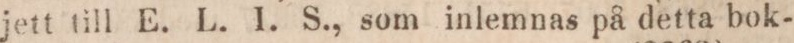
jett till E. L. I. S., som inlemnas på detta bok-